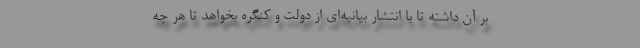
بر آن داشته تا با انتشار بیانیه‌ای از دولت و کنگره بخواهد تا هر چه